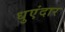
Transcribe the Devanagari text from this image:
धुएंदार